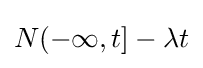
N(-\infty ,t]-\lambda t